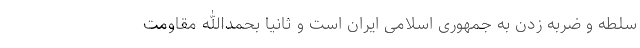
سلطه و ضربه زدن به جمهوری اسلامی ایران است و ثانیاً بحمدالله مقاومت